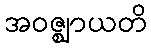
အဝဇ္ဈာယတိ